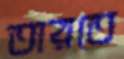
তারতে